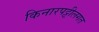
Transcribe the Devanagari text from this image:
किनारपट्टीलगत